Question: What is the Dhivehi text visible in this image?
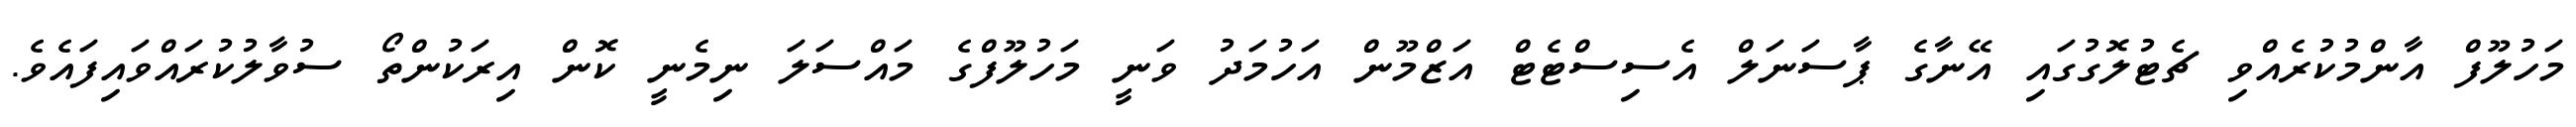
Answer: މަހުލޫފް އާންމުކުރެއްވި ޗެޓުލޮގުގައި އޭނާގެ ޕާސަނަލް އެސިސްޓެޓް އަޒްމޫން އަހުމަދު ވަނީ މަހުލޫފްގެ މައްސަލަ ނިމެނީ ކޮން އިރަކުންތޯ ސުވާލުކުރައްވައިފައެވެ.